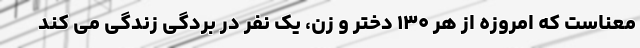
معناست که امروزه از هر ۱۳۰ دختر و زن، یک نفر در بردگی زندگی می کند